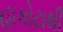
હાકોટાથી